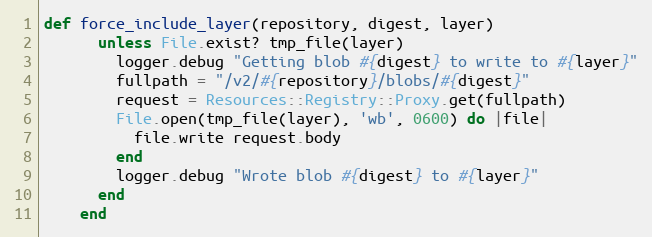
Language: Ruby
def force_include_layer(repository, digest, layer)
      unless File.exist? tmp_file(layer)
        logger.debug "Getting blob #{digest} to write to #{layer}"
        fullpath = "/v2/#{repository}/blobs/#{digest}"
        request = Resources::Registry::Proxy.get(fullpath)
        File.open(tmp_file(layer), 'wb', 0600) do |file|
          file.write request.body
        end
        logger.debug "Wrote blob #{digest} to #{layer}"
      end
    end